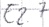
Text: E2.7